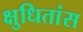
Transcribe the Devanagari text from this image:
क्षुधितांस